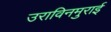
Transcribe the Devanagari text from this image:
उराविनमुराई